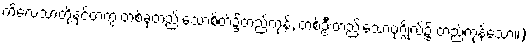
ကိလေသာတို့နှင့်တကွ တစ်ခုတည်းသောစိတ်၌တည်ကုန်, တစ်ဦးတည်းသောပုဂ္ဂိုလ်၌ တည်ကုန်သော။)